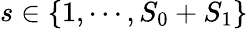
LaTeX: s\in\{ 1,\cdots,S_{0}+S_{1}\}